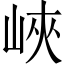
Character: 峽